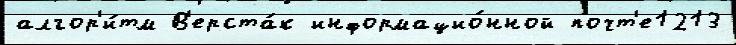
алгор'и́тм В'ерста́к информацио́нной почт'е1213